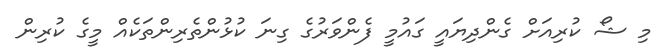
މި ޝޯ ކުރިއަށް ގެންދިޔައީ ގައުމީ ފެންވަރުގެ ގިނަ ކުޅުންތެރިންތަކެއް މީގެ ކުރިން